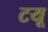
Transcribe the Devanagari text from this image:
टयू